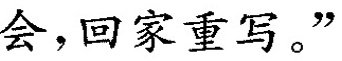
会，回家重写。”